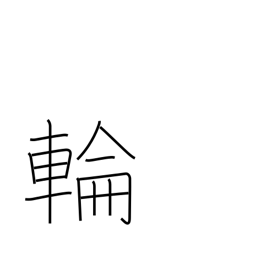
Meaning: circle